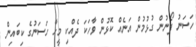
ހަސަނު ފޯނުން ގުޅުމުން އަނެއް ކޮޅުން ވާހަކަ ދެއްކި މީހާ ހަސަނުގެ ކިބައިން